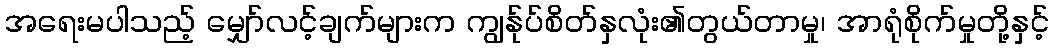
အရေးမပါသည့် မျှော်လင့်ချက်များက ကျွန်ုပ်စိတ်နှလုံး၏တွယ်တာမှု၊ အာရုံစိုက်မှုတို့နှင့်